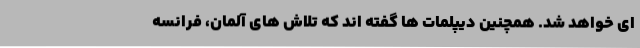
ای خواهد شد. همچنین دیپلمات ها گفته اند که تلاش های آلمان، فرانسه